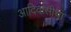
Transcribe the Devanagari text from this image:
आदिवासीचा